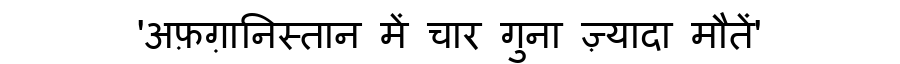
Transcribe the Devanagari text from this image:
'अफ़ग़ानिस्तान में चार गुना ज़्यादा मौतें'